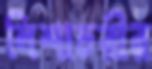
নিশাচরীর